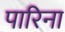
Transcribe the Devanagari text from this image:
पारिना